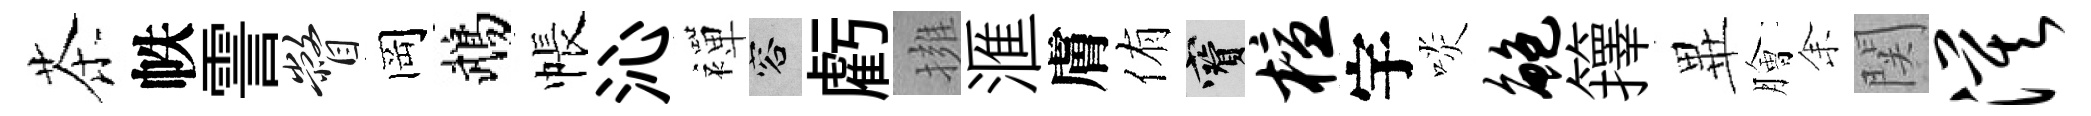
茶帙霅瞥岡鵡帳沁襌容虧擁滙膚侑寶檀宇啖鲍籜𭺾膾𪜬関漠